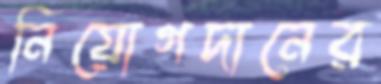
নিয়োগদানের